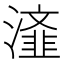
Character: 𭲴